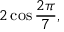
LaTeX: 2 \cos { \frac { 2 \pi } { 7 } } ,